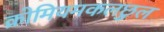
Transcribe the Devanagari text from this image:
क्रोमियमकलछुल